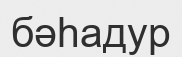
бәһадур